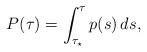
LaTeX: \begin{align*}P(\tau)=\int_{\tau_\star}^\tau p(s) \,ds,\end{align*}